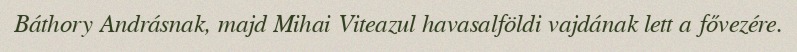
Báthory Andrásnak, majd Mihai Viteazul havasalföldi vajdának lett a fővezére.